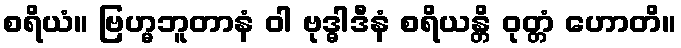
စရိယံ။ ဗြဟ္မဘူတာနံ ဝါ ဗုဒ္ဓါဒီနံ စရိယန္တိ ဝုတ္တံ ဟောတိ။